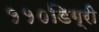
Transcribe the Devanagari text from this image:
११०डिग्री